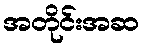
အတိုင်းအဆ